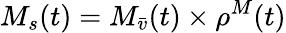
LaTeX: M_{s}(t)=M_{\bar{v}}(t)\times{\rho^{M}(t)}